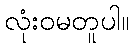
လုံးဝမတူပါ။